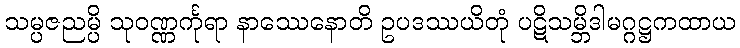
သမ္ပဇညမ္ပိ သုဝဏ္ဏင်္ကုရာ နာဿေနောတိ ဥပဒဿယိတုံ ပဋိသမ္ဘိဒါမဂ္ဂဋ္ဌကထာယ